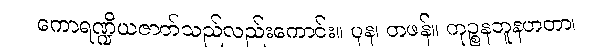
ကောရဏ္ဍိယဇာတ်သည်လည်းကောင်း။ ပုန၊ တဖန်။ ကုဉ္စနဘူနဟတာ၊